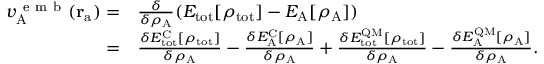
\begin{array} { r l } { v _ { \mathrm { A } } ^ { \mathrm { ~ e ~ m ~ b ~ } } ( \mathbf { r } _ { \mathrm { a } } ) = } & { { } \frac { \delta } { \delta \rho _ { \mathrm { A } } } ( E _ { \mathrm { t o t } } [ \rho _ { \mathrm { t o t } } ] - E _ { \mathrm { A } } [ \rho _ { \mathrm { A } } ] ) } \\ { = } & { { } \frac { \delta E _ { \mathrm { t o t } } ^ { \mathrm { C } } [ \rho _ { \mathrm { t o t } } ] } { \delta \rho _ { \mathrm { A } } } - \frac { \delta E _ { \mathrm { A } } ^ { \mathrm { C } } [ \rho _ { \mathrm { A } } ] } { \delta \rho _ { \mathrm { A } } } + \frac { \delta E _ { \mathrm { t o t } } ^ { \mathrm { Q M } } [ \rho _ { \mathrm { t o t } } ] } { \delta \rho _ { \mathrm { A } } } - \frac { \delta E _ { \mathrm { A } } ^ { \mathrm { Q M } } [ \rho _ { \mathrm { A } } ] } { \delta \rho _ { \mathrm { A } } } . } \end{array}